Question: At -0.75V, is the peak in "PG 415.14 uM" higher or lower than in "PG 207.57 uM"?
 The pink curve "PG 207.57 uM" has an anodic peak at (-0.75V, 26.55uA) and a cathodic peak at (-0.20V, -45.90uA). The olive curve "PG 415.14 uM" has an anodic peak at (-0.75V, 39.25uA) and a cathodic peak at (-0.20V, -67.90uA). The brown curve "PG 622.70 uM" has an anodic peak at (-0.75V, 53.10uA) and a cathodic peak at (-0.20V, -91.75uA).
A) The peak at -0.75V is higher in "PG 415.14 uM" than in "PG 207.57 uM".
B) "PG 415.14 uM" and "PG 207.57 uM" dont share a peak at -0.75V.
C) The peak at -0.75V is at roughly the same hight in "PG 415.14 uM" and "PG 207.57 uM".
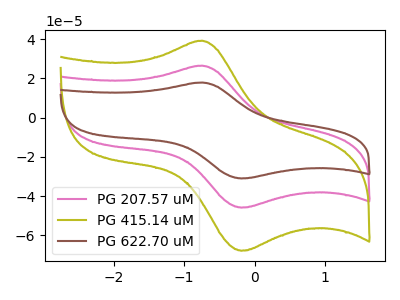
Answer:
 <answer>A) The peak at -0.75V is higher in "PG 415.14 uM" than in "PG 207.57 uM".</answer>
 <eval>A</eval>